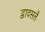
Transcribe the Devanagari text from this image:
द्वादसतैं